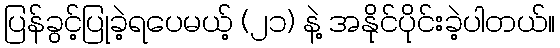
ပြန်ခွင့်ပြုခဲ့ရပေမယ့် (၂၁) နဲ့ အနိုင်ပိုင်းခဲ့ပါတယ်။